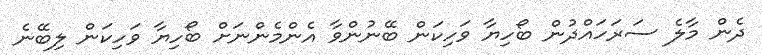
ދެން މާލެ ސަރަހައްދުން ބޯހިޔާ ވަހިކަން ބޭނުންވާ އެންމެންނަށް ބޯހިޔާ ވަހިކަން ލިބޭނެ